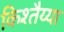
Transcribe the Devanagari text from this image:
किश्तैय्या